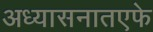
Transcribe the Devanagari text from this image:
अध्यासनातएफे